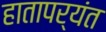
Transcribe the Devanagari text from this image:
हातापर्यंत